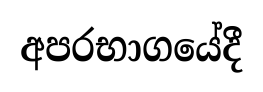
අපරභාගයේදී